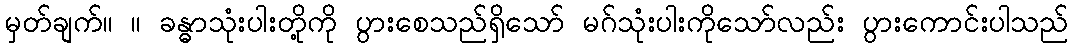
မှတ်ချက်။ ။ ခန္ဓာသုံးပါးတို့ကို ပွားစေသည်ရှိသော် မဂ်သုံးပါးကိုသော်လည်း ပွားကောင်းပါသည်